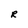
Character: R